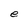
Character: e